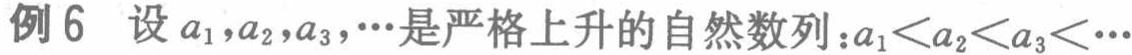
例6 设\(a_{1},a_{2},a_{3},\cdots\)是严格上升的自然数列：\(a_{1}<a_{2}<a_{3}<\cdots\)